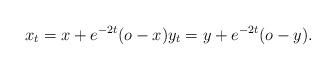
LaTeX: \begin{align*}x_t = x+e^{-2t}(o-x) y_t = y+e^{-2t}(o-y).\end{align*}